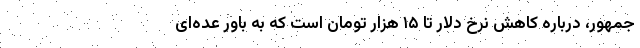
‌جمهور، درباره کاهش نرخ دلار تا ۱۵ هزار تومان است که به باور عده‌ای